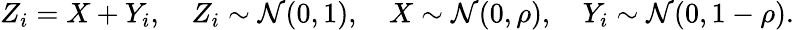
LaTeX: Z_{i}=X+Y_{i},\quad Z_{i}\sim\mathcal{N}(0,1),\quad X\sim\mathcal{N}(0,\rho),\quad Y_{i}\sim\mathcal{N}(0,1-\rho).